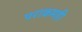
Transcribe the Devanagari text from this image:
पराक्रमही